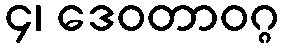
၄၊ ဒေဝတာဝဂ္ဂ